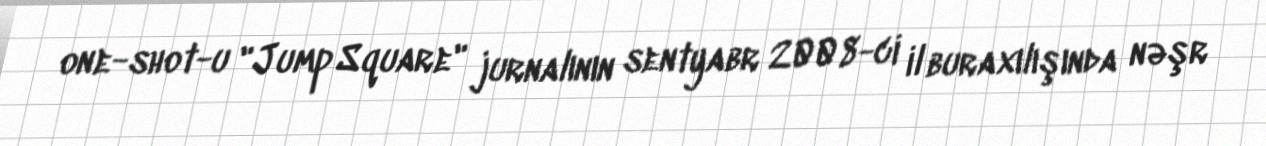
one-shot-u "Jump Square" jurnalının sentyabr 2008-ci il buraxılışında nəşr